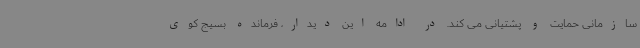
سازمانی حمایت و پشتیانی می کند. در ادامه این دیدار، فرمانده بسیج کوی